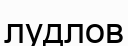
лудлов